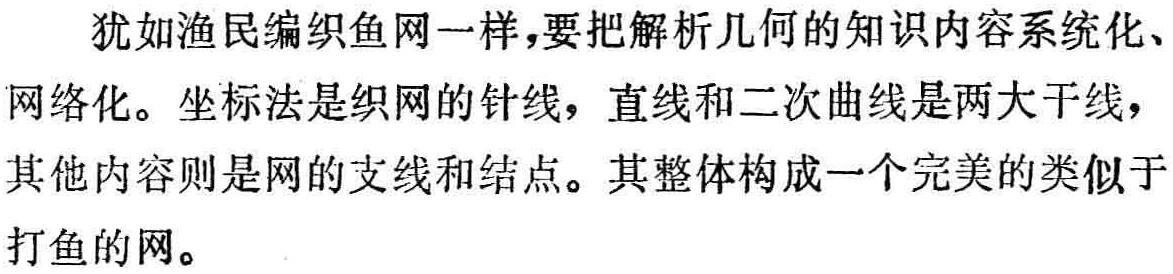
犹如渔民编织鱼网一样，要把解析几何的知识内容系统化、网络化。坐标法是织网的针线，直线和二次曲线是两大干线，其他内容则是网的支线和结点。其整体构成一个完美的类似于打鱼的网。